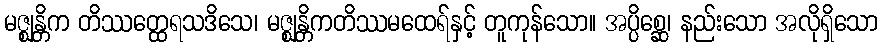
မဇ္ဈန္တိက တိဿတ္ထေရသဒိသေ၊ မဇ္ဈန္တိကတိဿမထေရ်နှင့် တူကုန်သော။ အပ္ပိစ္ဆေ၊ နည်းသော အလိုရှိသော